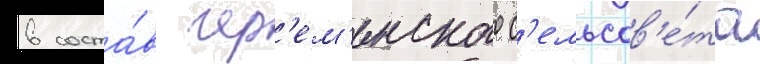
в соста́в чер'ем'енского с'ельсов'е́та